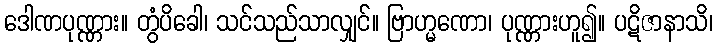
ဒေါဏပုဏ္ဏား။ တွံပိခေါ၊ သင်သည်သာလျှင်။ ဗြာဟ္မဏော၊ ပုဏ္ဏားဟူ၍။ ပဋိဇာနာသိ၊